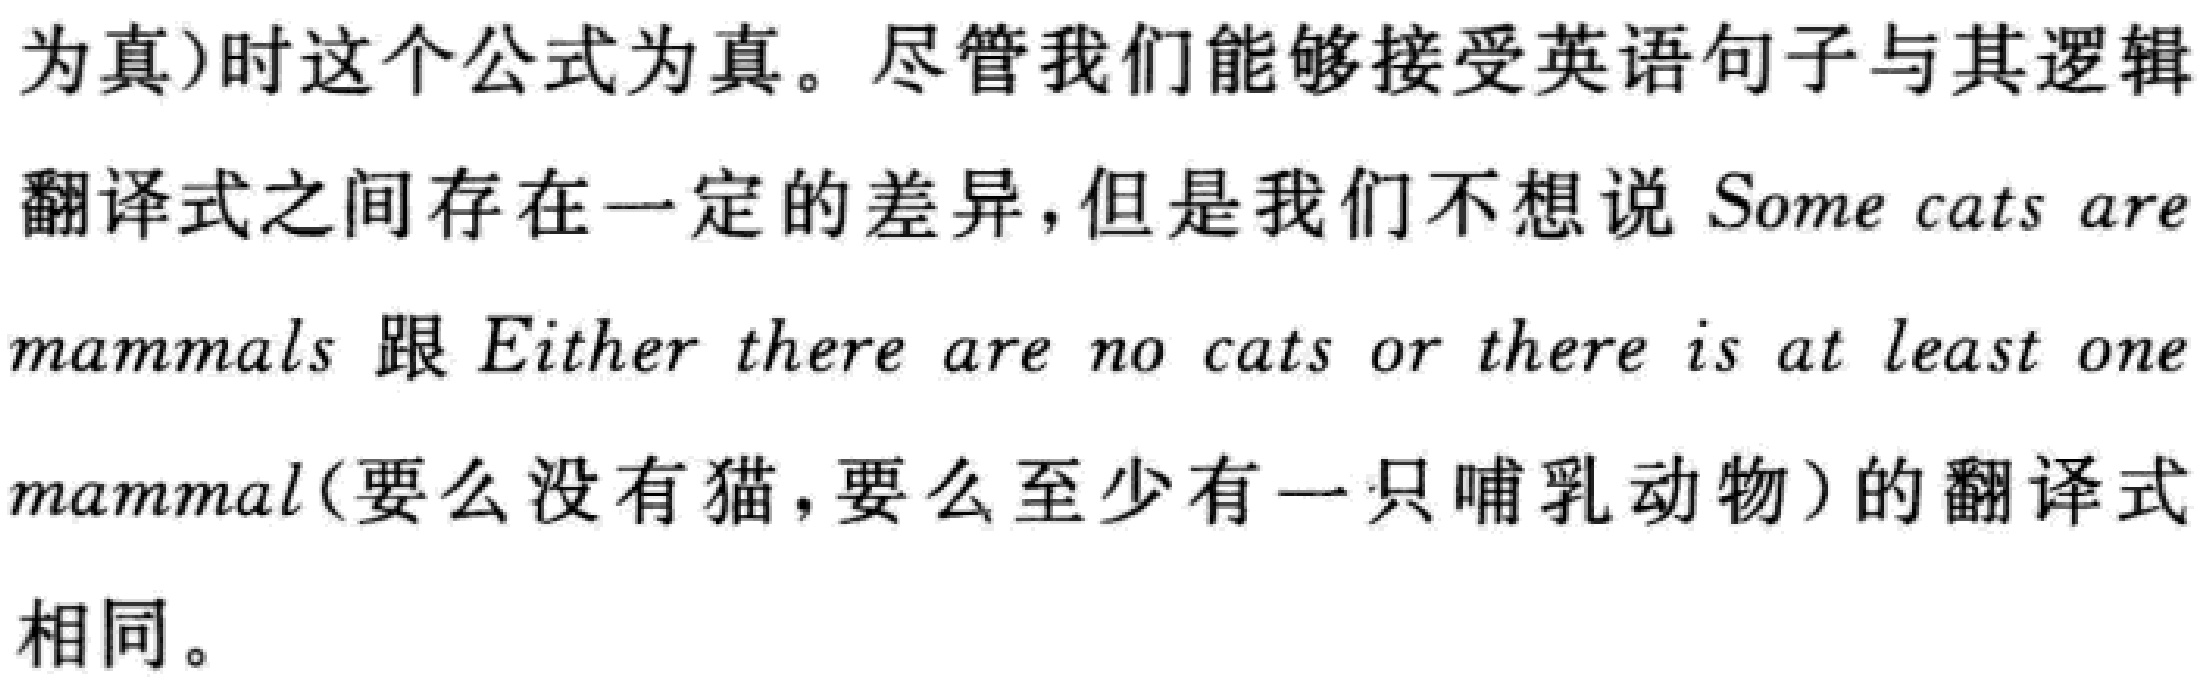
为真)时这个公式为真。尽管我们能够接受英语句子与其逻辑
翻译式之间存在一定的差异，但是我们不想说 Some cats are
mammals 跟 Either there are no cats or there is at least one
mammal(要么没有猫，要么至少有一只哺乳动物)的翻译式
相同。